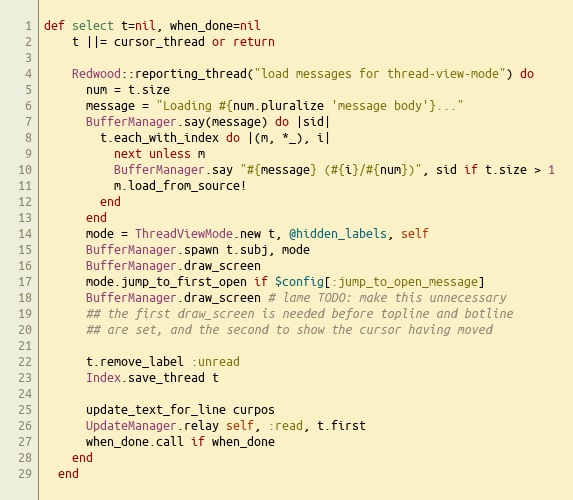
Language: Ruby
def select t=nil, when_done=nil
    t ||= cursor_thread or return

    Redwood::reporting_thread("load messages for thread-view-mode") do
      num = t.size
      message = "Loading #{num.pluralize 'message body'}..."
      BufferManager.say(message) do |sid|
        t.each_with_index do |(m, *_), i|
          next unless m
          BufferManager.say "#{message} (#{i}/#{num})", sid if t.size > 1
          m.load_from_source!
        end
      end
      mode = ThreadViewMode.new t, @hidden_labels, self
      BufferManager.spawn t.subj, mode
      BufferManager.draw_screen
      mode.jump_to_first_open if $config[:jump_to_open_message]
      BufferManager.draw_screen # lame TODO: make this unnecessary
      ## the first draw_screen is needed before topline and botline
      ## are set, and the second to show the cursor having moved

      t.remove_label :unread
      Index.save_thread t

      update_text_for_line curpos
      UpdateManager.relay self, :read, t.first
      when_done.call if when_done
    end
  end